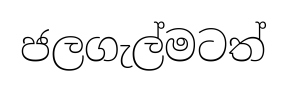
ජලගැල්මටත්